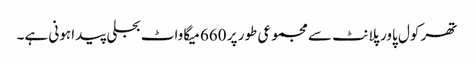
تھر کول پاور پلانٹ سے مجموعی طور پر 660 میگاواٹ بجلی پیدا ہونی ہے۔